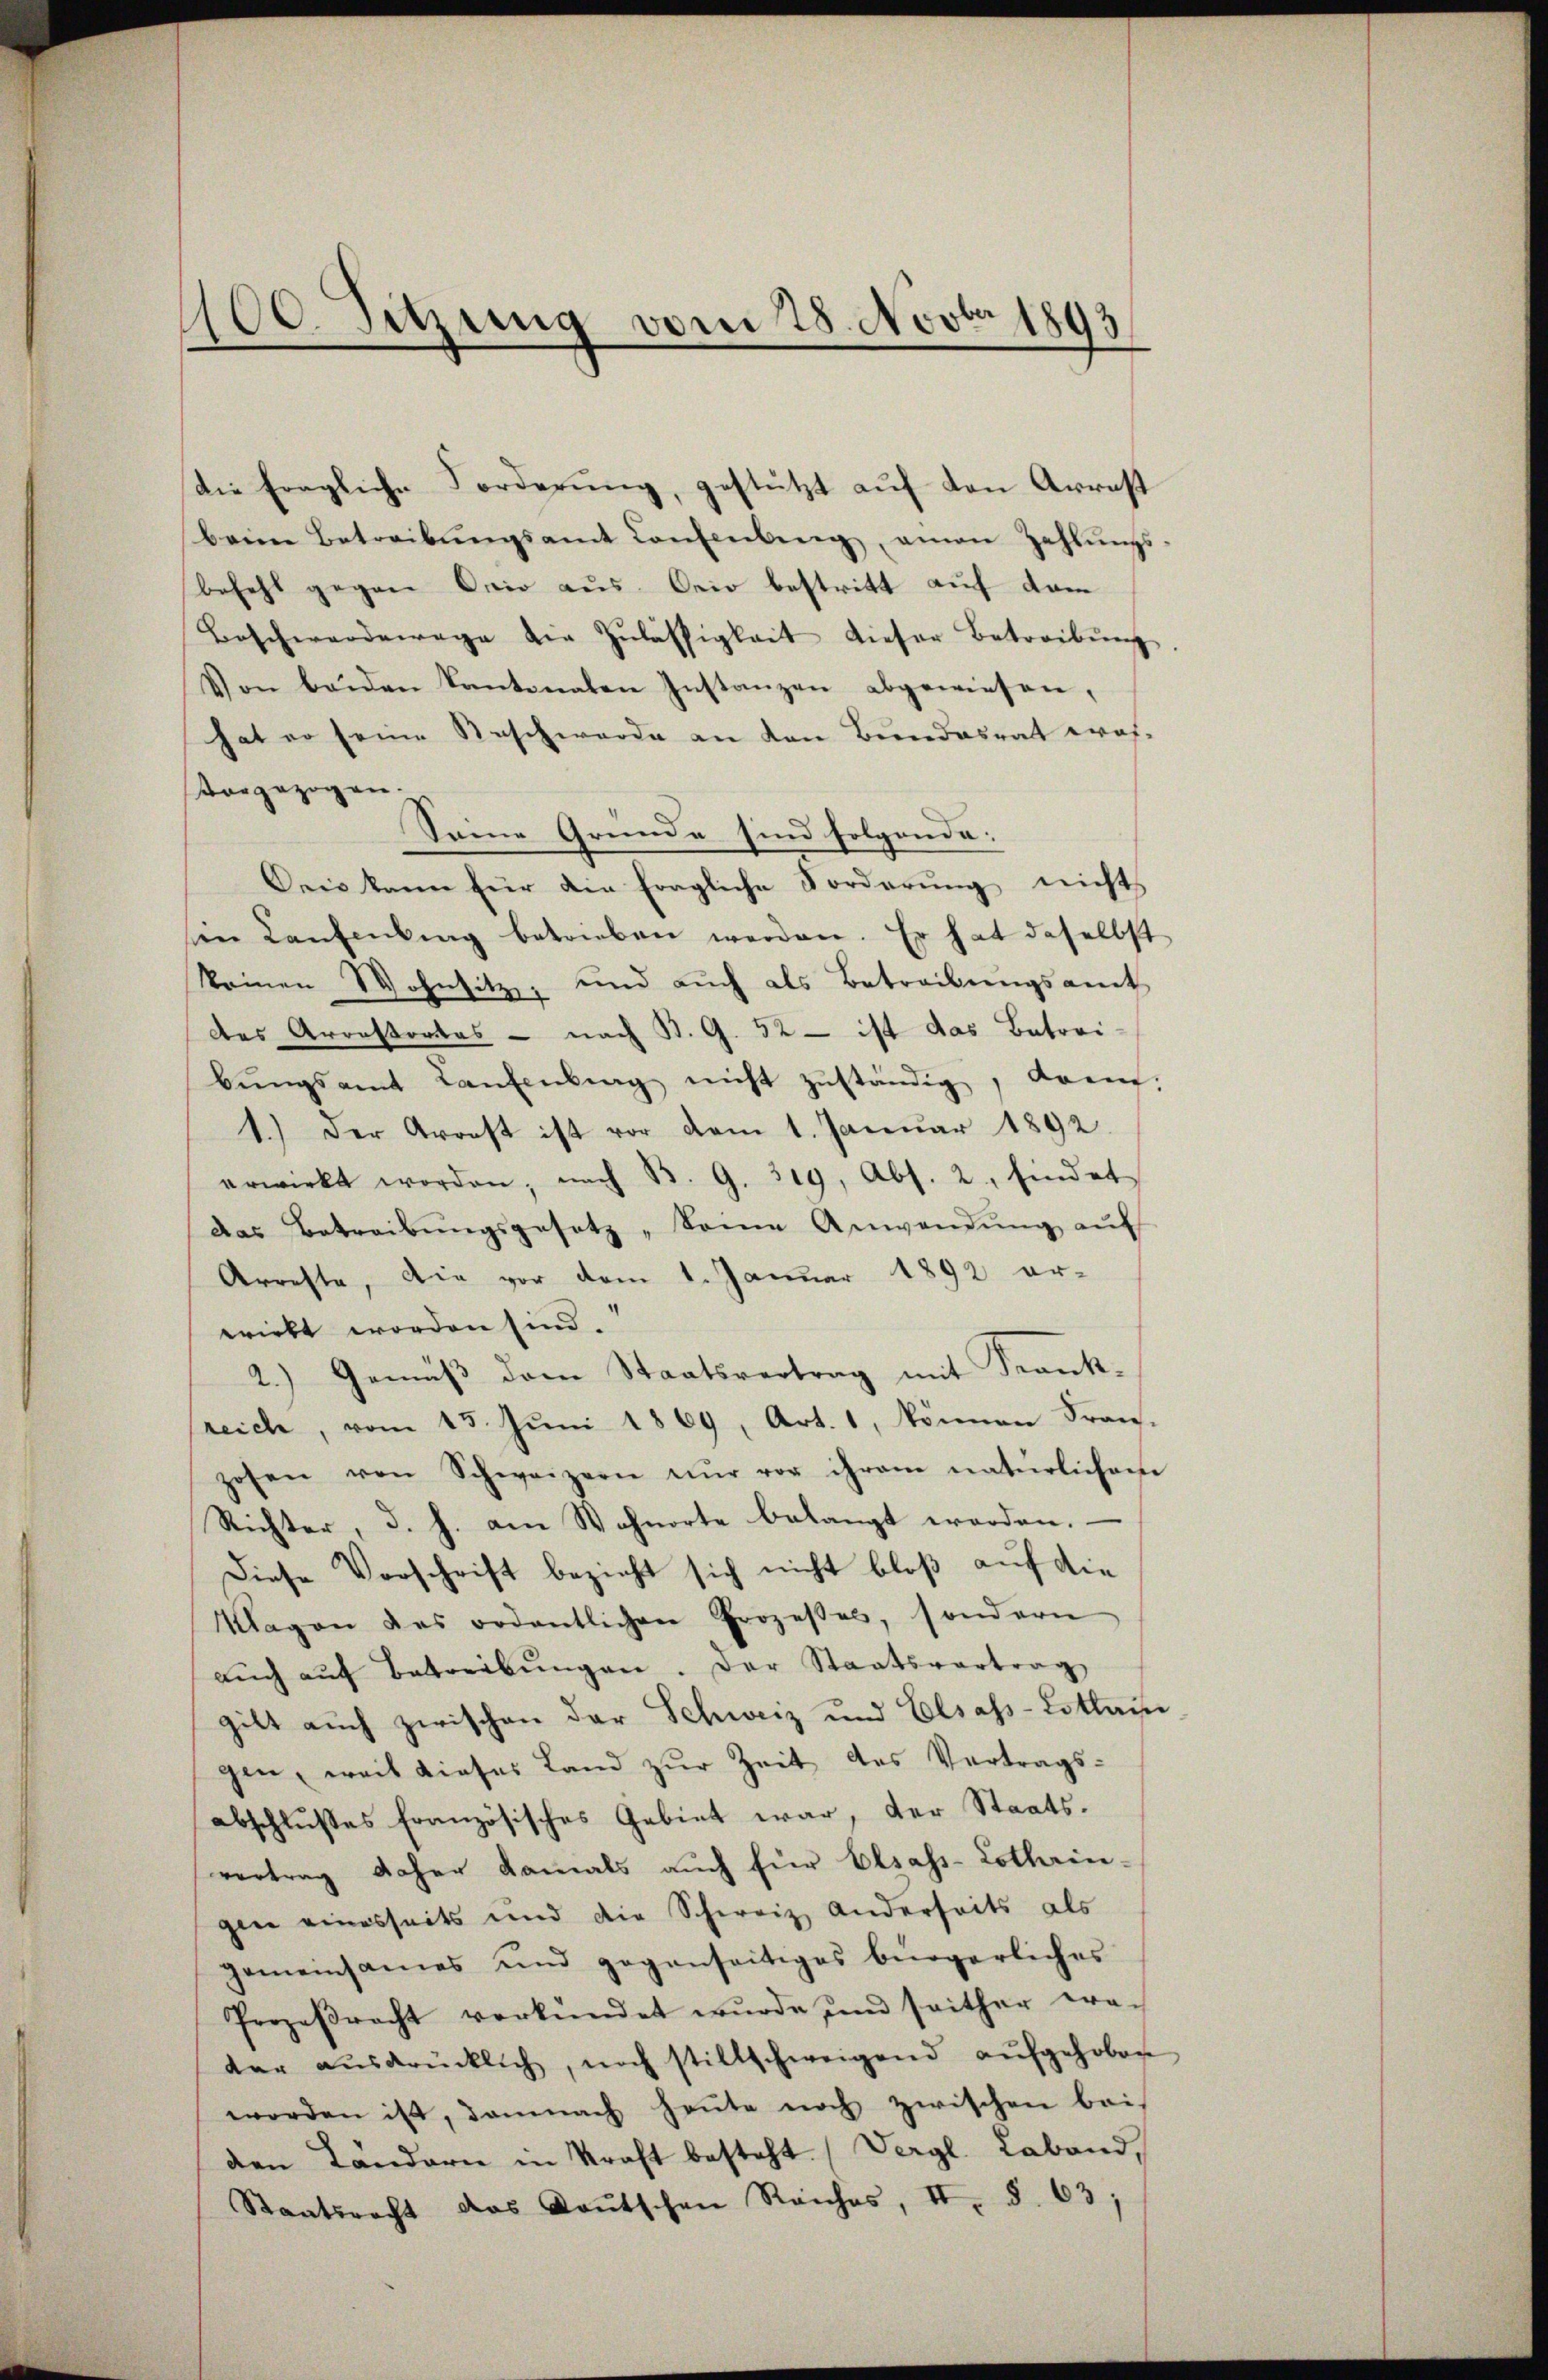
100. Sitzung vom 28. Novbr 1893
e

Die fragliche Forderung, gestützt auf den Arrest
beim Betreibŭngsamt Confenling, amen Zahlŭngs-
befehl gegen Orio aus. Orio bestritt auf dem
Beschwerdenage die Zulässigkeit dieser Betreibŭng
Von beiden Kantonalen Instanzen abgewiesen,
hat er seine Raschwerde an den Bundesrat wras-
vorgezogen.
Seine Gründe sind folgende:
Oeis kann für die fragliche Forderŭng nichts
sin Kaufenburg betrieben werden. Er hat daselbst
keinen Wohnsitz, und auch als Betreibungsamt
des Arrestortes - nach B. G. 52 - ist das Betrei-
bŭngsamt Laŭfenbrg nicht zŭständig, kann.
1.) Der Arrest ist vor vom 1. Januar 1892.
erwirkt worden; nach B. G. 319, Abs. 2, findet
das Betreibŭngsgesetz „Dame Anwendŭng aŭf
Arreste, die vor dem 1. Januar 1892 er-
wirkt worden sind.
2.) Gemäβ dem Staatsvertrag mit Frank-
reich, vom 13. Juni 1869, Art. 1, können Fran-
zosen von Schweizern nŭr vor ihrem natürlichen
Richter, d. h. am Wohnorte belangt worden.
Diese Vorschrift bezieht sich nicht bloß auf die
Klagen des ordentlichen Prozesses, sondern
aŭch aŭf Betreibŭngen. Der Staatsvertrag
gilt auch zwischen der Schweiz und Elsass-Lotlain
gen, weil dieses Land zur Zeit des Vertrags-
abschlußes französisches Gebiet war, der Staats-
vertrag daher damals auch für Elsass-Lothrin-
gen einesseits und die Schweiz anderseits als
gemeinsames und gegenseitiges bürgerliches
Prozeβracht verkündet wurde und seither era-
der aŭsdrücklich, noch stillschweigend aŭfgehoben
worden ist, damnach heute noch zwischen bei
den Ländern in Kraft besteht. (Vergl. Laband,
Staatsrecht das Doŭtschen Reiches, II. §. 63;